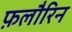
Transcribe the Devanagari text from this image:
फ़लौरिन